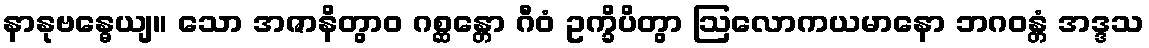
နာနုဗန္ဓေယျ။ သော အဇာနိတွာဝ ဂစ္ဆန္တော ဂီဝံ ဥက္ခိပိတွာ ဩလောကယမာနော ဘဂဝန္တံ အဒ္ဒသ